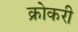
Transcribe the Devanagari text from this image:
क्रोकरी